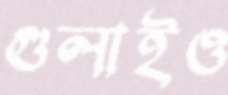
গুলাইও